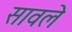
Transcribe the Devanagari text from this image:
सावले